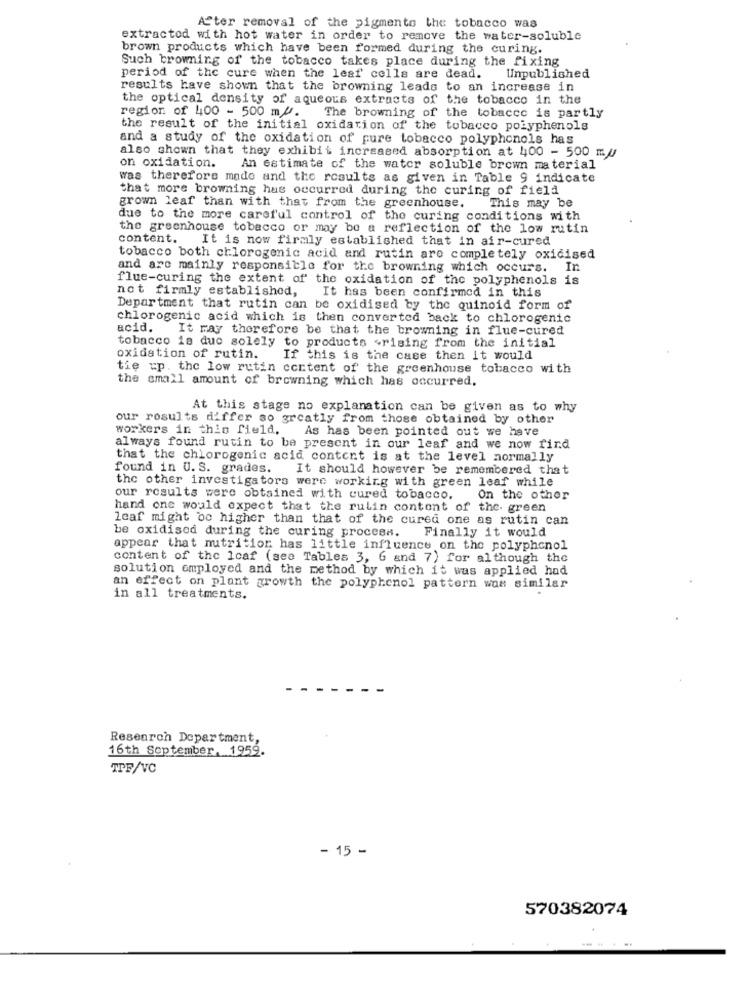
After removal of the pigmento the tobacco was
extractod with hot water in order to remove the water-soluble
brown products which have been formed during the curing.
Such browning of the tobacco takes place during the fixing
period of the cure when the leaf cells are dead.
Unpublished
results have shown that the browning leads to an increase in
the optical density of aqueous extracts of the tobacco in the
region of 400 - 500 ml.
The browning of the tobacco is partly
the result of the initial oxidation of the tobacco polyphenols
and a study of the oxidation of pure tobacco polyphenols has
also shown that they exhibit increased absorption at 400 - 500 mu
on oxidation.
An estimate of the water soluble brown material
was therefore made and the results as given in Table 9 indicate
that more browning has occurred during the curing of field
grown leaf than with that from the greenhouse.
This may be
due to the more careful control of the curing conditions with
the greenhouse tobacco or may be a reflection of the low rutin
content.
It is now firmly established that in air-cured
tobacco both chlorogenic acid and rutin are completely oxidised
and are mainly responsible for the browning which occurs. In
flue-curing the extent of the oxidation of the polyphenols is
not firmly established,
It has been confirmed in this
Department that rutin can be oxidised by the quinoid form of
chlorogenic acid which is then converted back to chlorogenic
acid.
It ray therefore be that the browning in flue-cured
tobacco is due solely to products +rising from the initial
oxidation of rutin.
If this is the case then it would
tie up. the low rutin content of the greenhouse tobacco with
the small amount of browning which has occurred,
At this stage no explanation can be given as to why
our results differ so greatly from those obtained by other
workers in this field.
As has been pointed out we have
always found rutin to be present in our leaf and we now find
that the chlorogenic acid content is at the level normally
found in U. S. grades.
It should however be remembered that
the other investigators were working with green leaf while
our results were obtained with cured tobacco.
On the other
hand one would expect that the rulin content of the green
leaf might oc higher than that of the cured one as rutin can
be oxidised during the curing process. Finally it would
appear that nutrition has little influence on the polyphenol
content of the Icaf (see Tables 3, 6 and 7) for although the
solution employed and the method by which it was applied had
an effect on plant growth the polyphenol pattern was similar
in all treatments.
Research Department,
16th September, 1959.
TPF/VC
- 15 -
570382074